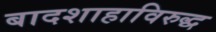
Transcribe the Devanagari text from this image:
बादशाहाविरुद्ध